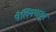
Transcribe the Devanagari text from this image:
पेलिंगपासून